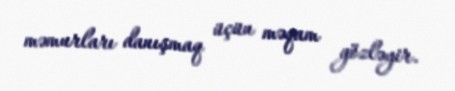
məmurları danışmaq üçün məqam gözləyir.